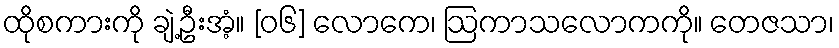
ထိုစကားကို ချဲ့ဦးအံ့။ [၀၆] လောကေ၊ ဩကာသလောကကို။ တေဇသာ၊